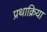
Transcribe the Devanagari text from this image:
प्रथाक्रिया